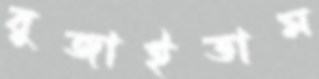
বুজাইতাম